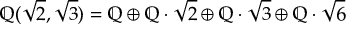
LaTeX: \mathbb { Q } ( { \sqrt { 2 } } , { \sqrt { 3 } } ) = \mathbb { Q } \oplus \mathbb { Q } \cdot { \sqrt { 2 } } \oplus \mathbb { Q } \cdot { \sqrt { 3 } } \oplus \mathbb { Q } \cdot { \sqrt { 6 } }